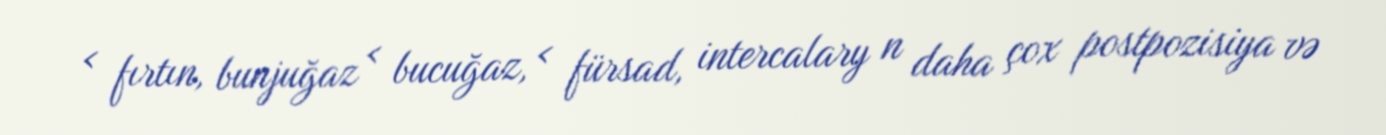
< fırtın, bunjuğaz < bucuğaz, < fürsad, intercalary n daha çox postpozisiya və